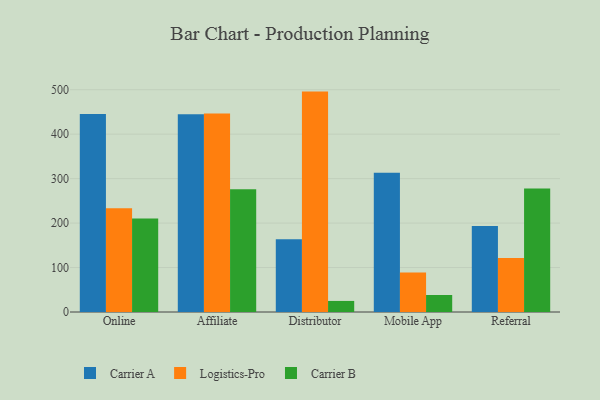
{"axis": {"x": "Channel", "y": "Backlog"}, "legend": ["Carrier A", "Carrier B", "Logistics-Pro"], "data": [{"x": "Online", "y": 445.5, "type": "Carrier A"}, {"x": "Online", "y": 233.5, "type": "Logistics-Pro"}, {"x": "Online", "y": 210.3, "type": "Carrier B"}, {"x": "Affiliate", "y": 444.5, "type": "Carrier A"}, {"x": "Affiliate", "y": 446.4, "type": "Logistics-Pro"}, {"x": "Affiliate", "y": 275.8, "type": "Carrier B"}, {"x": "Distributor", "y": 163.4, "type": "Carrier A"}, {"x": "Distributor", "y": 495.7, "type": "Logistics-Pro"}, {"x": "Distributor", "y": 24.9, "type": "Carrier B"}, {"x": "Mobile App", "y": 313.2, "type": "Carrier A"}, {"x": "Mobile App", "y": 88.6, "type": "Logistics-Pro"}, {"x": "Mobile App", "y": 38.3, "type": "Carrier B"}, {"x": "Referral", "y": 193.6, "type": "Carrier A"}, {"x": "Referral", "y": 121.6, "type": "Logistics-Pro"}, {"x": "Referral", "y": 277.8, "type": "Carrier B"}]}